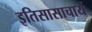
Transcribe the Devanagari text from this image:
इतिसासाचार्य